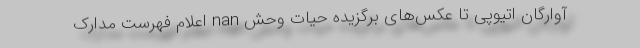
آوارگان اتیوپی تا عکس‌های برگزیده حیات وحش nan اعلام فهرست مدارک